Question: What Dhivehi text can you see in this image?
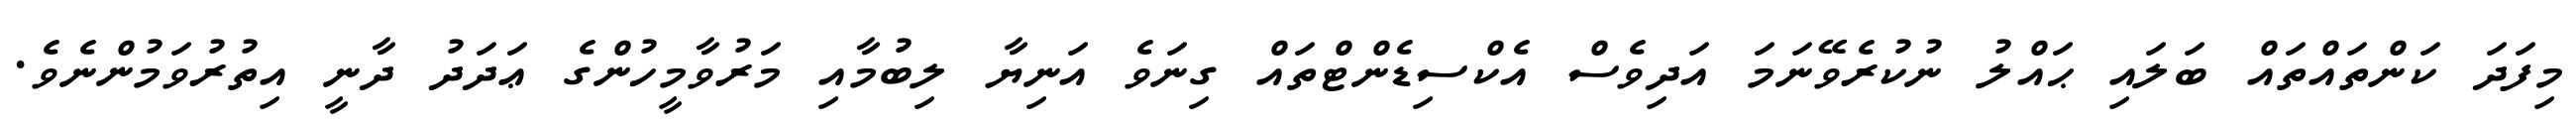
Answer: މިފަދަ ކަންތައްތައް ބަލައި ޙައްލު ނުކުރެވޭނަމަ އަދިވެސް އެކްސިޑެންޓްތައް ގިނަވެ އަނިޔާ ލިބުމާއި މަރުވާމީހުންގެ ޢަދަދު ދާނީ އިތުރުވަމުންނެވެ.